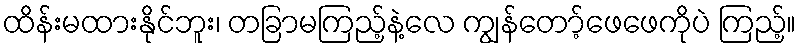
ထိန်းမထားနိုင်ဘူး၊ တခြာမကြည့်နဲ့လေ ကျွန်တော့်ဖေဖေကိုပဲ ကြည့်။